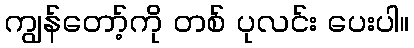
ကျွန်တော့်ကို တစ် ပုလင်း ပေးပါ။